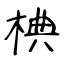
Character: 椣